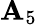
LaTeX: \mathbf{A}_{5}